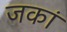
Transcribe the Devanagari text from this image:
जकां